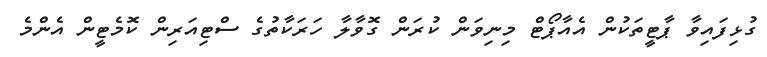
ގުޅިފައިވާ ޕާޓީތަކުން އެއާޕޯޓް މިނިވަން ކުރަން ގޮވާލާ ހަރަކާތުގެ ސްޓިއަރިން ކޮމެޓީން އެންމެ